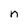
Character: n